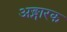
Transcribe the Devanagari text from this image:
अङ्गारक